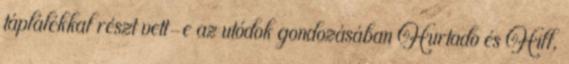
táplálékkal részt vett-e az utódok gondozásában Hurtado és Hill,